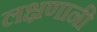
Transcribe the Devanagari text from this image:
लक्षणानी